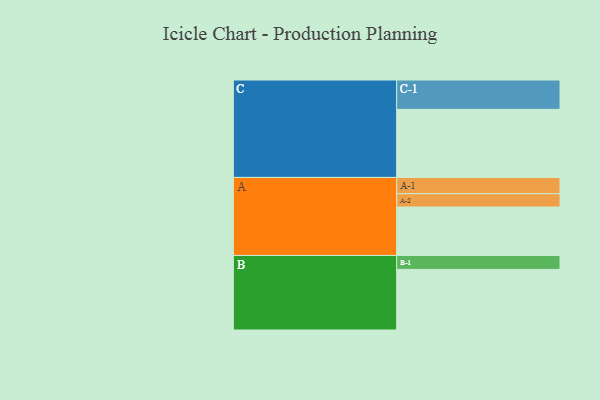
{"axis": {"x": "Segment", "y": "Value"}, "legend": ["", "A", "B", "C"], "data": [{"x": "A", "y": 389, "type": ""}, {"x": "B", "y": 487, "type": ""}, {"x": "C", "y": 547, "type": ""}, {"x": "A-1", "y": 131, "type": "A"}, {"x": "A-2", "y": 107, "type": "A"}, {"x": "B-1", "y": 112, "type": "B"}, {"x": "C-1", "y": 236, "type": "C"}]}